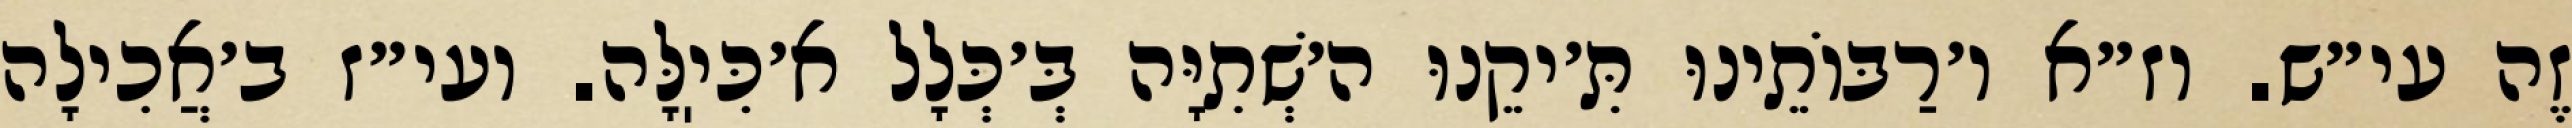
זֶה עי״ש. וז״א ו׳רַבּוֹתֵינוּ תִּ׳יקֵנוּ ה׳שְׁתִיָּה בְּ׳כְּלָל א׳כִּיֽלָּה. ועי״ז ב׳אֲכִילָה